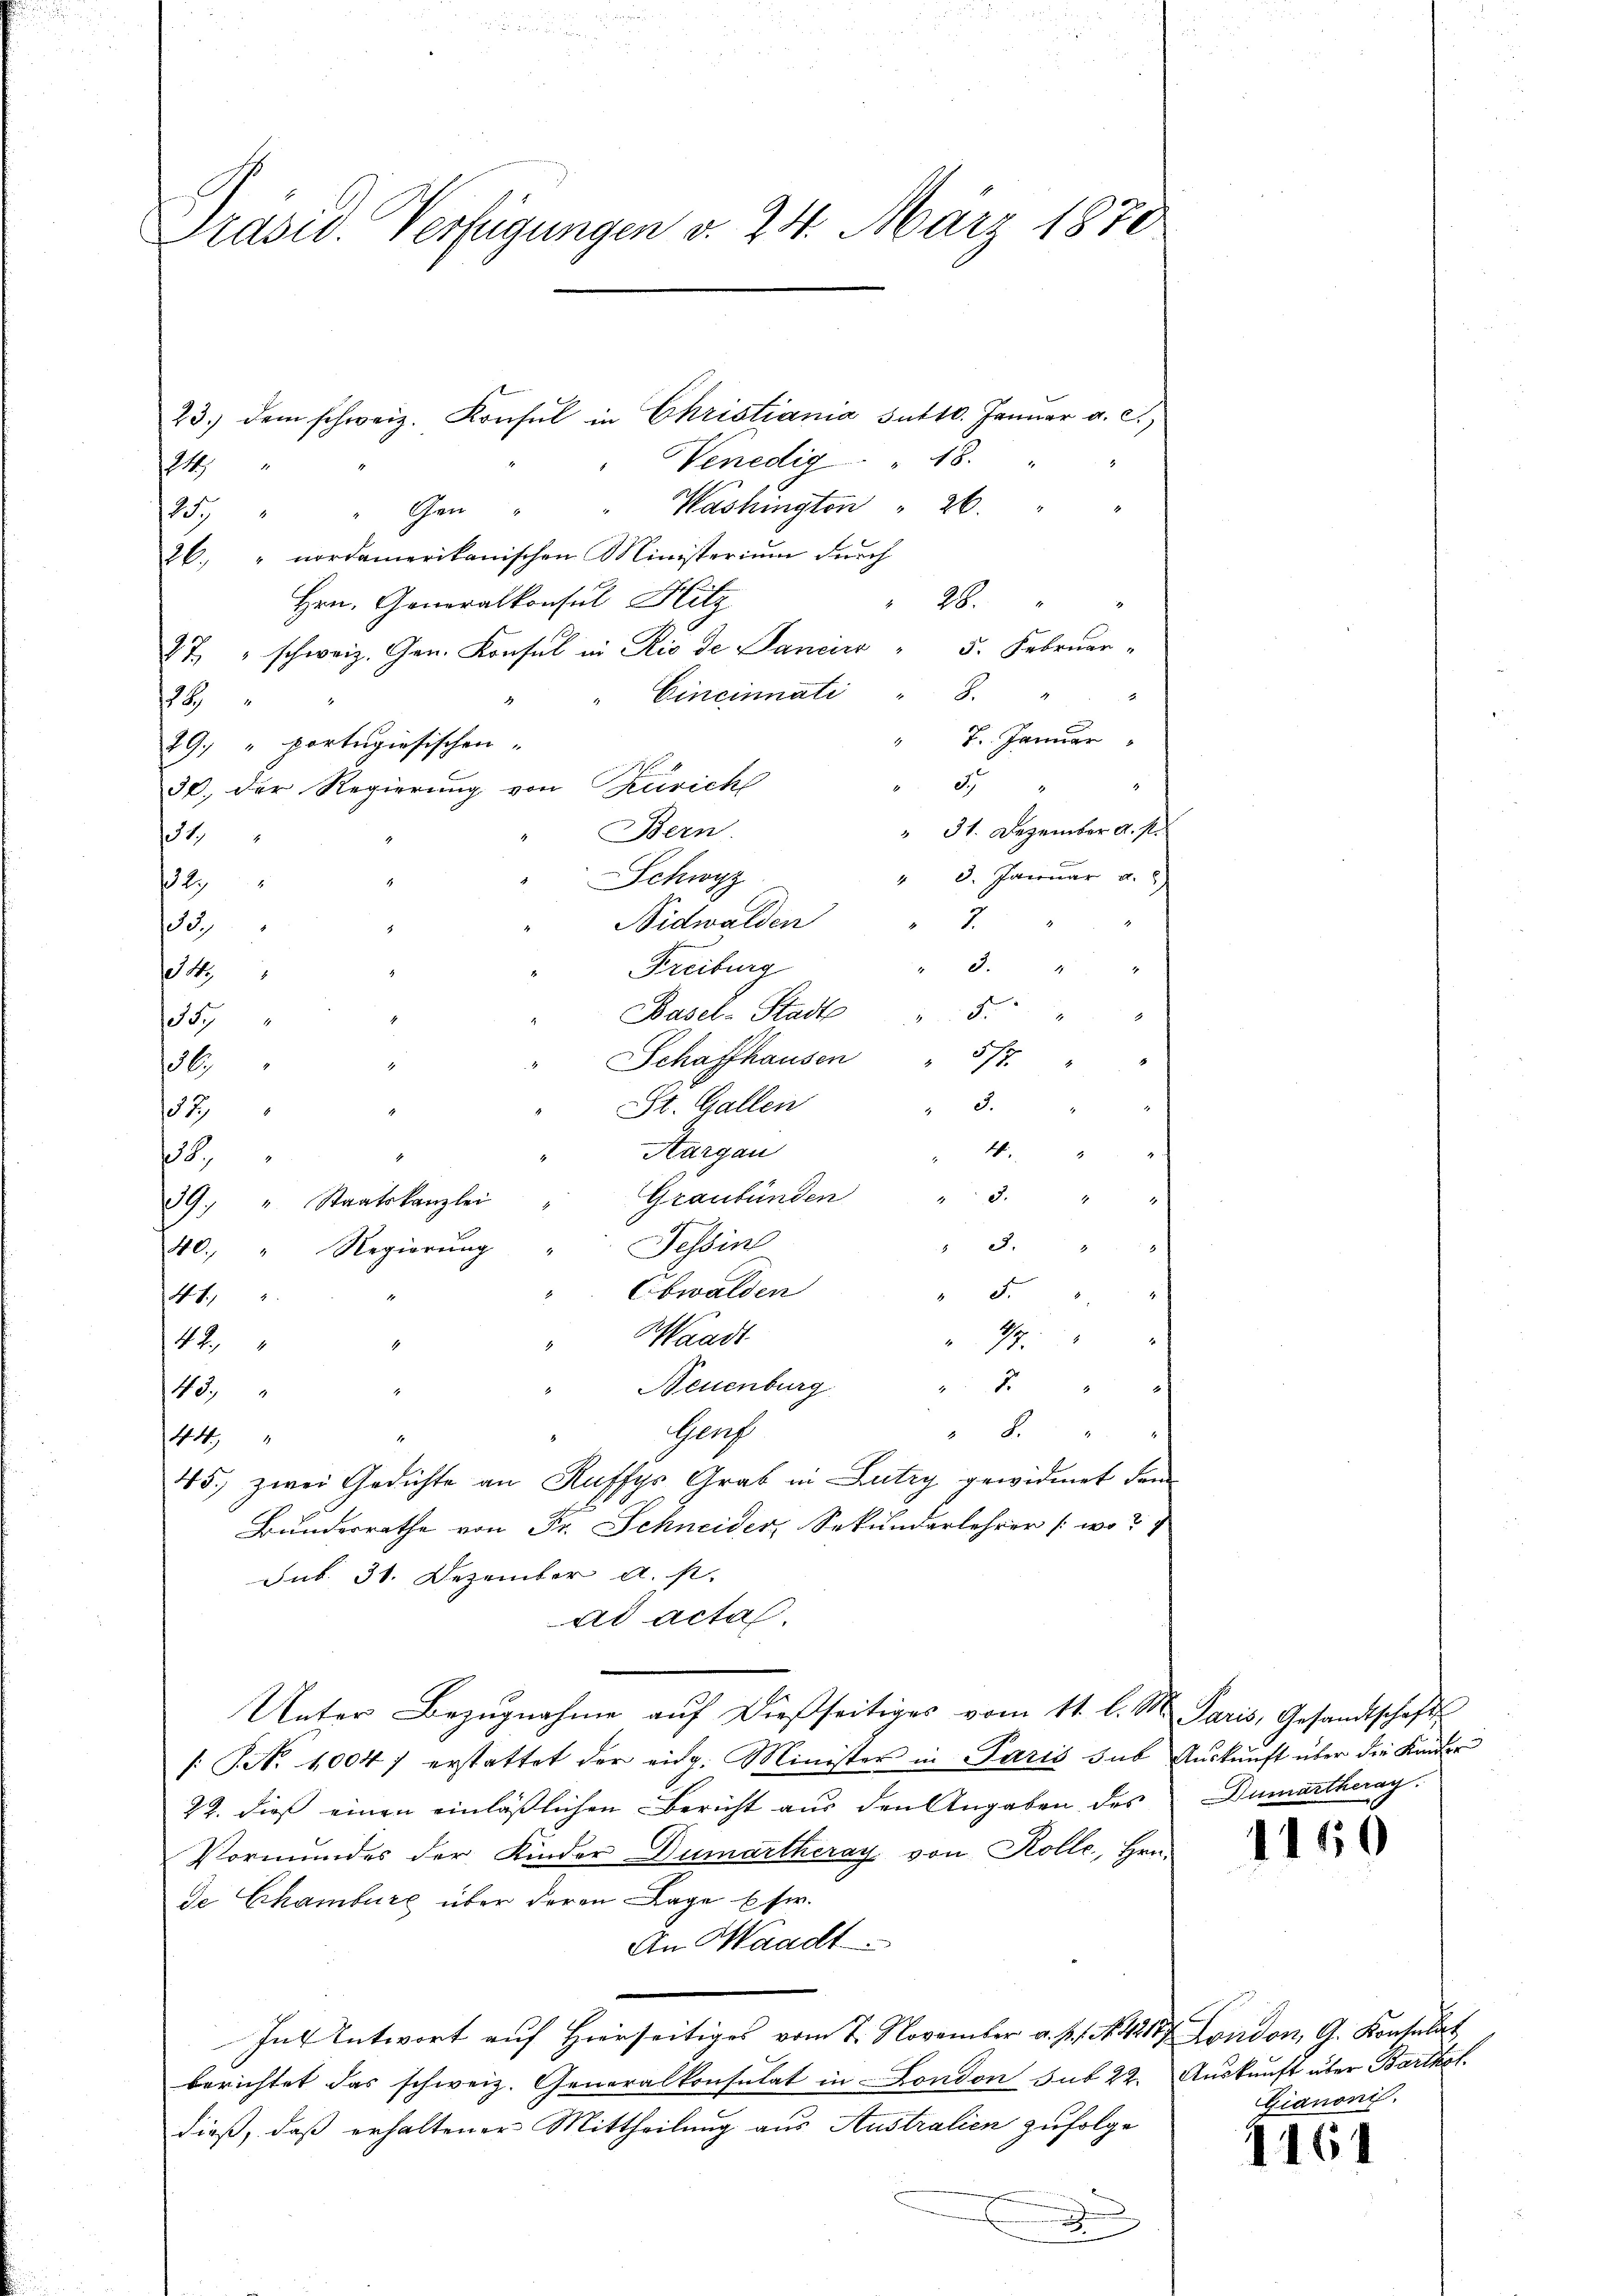
Präsid. Verfügungen v. 24. März 1870

23. dem schweiz. Konsul in Christiania sutto. Januar a. c.,
Venedig " 18.
24
95. " " Gen " " Washington " 26.
26. " nordamerikanischen Ministerium durch
Hrn. Generalkonsul Hitz
28.
27 " schweiz. Gen. Konsul in Rio de Pancin " 5. Februar-
Cincinnati " 8.
119
 7. Januar
29.) " portugiesischen.
4
d
30. der Regierung von Zürich
" 31. Dezember d. M.
Bern.
1.
" 8. Januar a.
" Schwyz
1
Nidwalden
2
Freiburg
1
Basel-Stadte " 5. " "
357
Schaffhausen
36.
St. Gallen
82
Aargau
4,
Graubünden " 3. "
39. " Staatskanzlei
Tessin
40 " Regierung
Ebwalden
d
441.
Waadt
47
42
1
Neuenburg

43,
Genf
 8
44,
45.) zwei Gedichte an Ruffyr Grab in Lutry gewidmet dem
Bundesrathe von Fr. Schneider, Sekundarlehrer [wo?
Juk. 31. Dezember a. s.
ad actas.
Unter Bezŭgnahme aŭf dießseitiges vom 11. l. M. Paris, Gesandtschafts
/. P. Nr. 10047 erstattet der eidg. Minister in Paris sub Auskunft über die Kinder
22. dieß einen einläßlichen Bericht aus den Angaben des
Vormundes der Kinder Dumartheray von Kolle, Hen-
de Chamburg über deren Lage usw.
An Waadt
Int Antwort auf Hierseitiges vom 7. November a. p. f. 442. London, G. Konsulat
berichtet das schweiz. Generalkonsulat in London sub 22. Auskunft über Barthol.
dieß, daß erhaltener Mittheilung aus Australien zufolge
E

9
2
5/7. " "

4.
2

5.

Dumartherag.

1160

Gianoni

1161